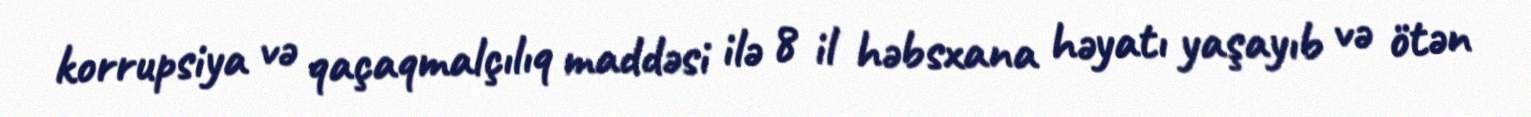
korrupsiya və qaçaqmalçılıq maddəsi ilə 8 il həbsxana həyatı yaşayıb və ötən